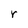
Character: r